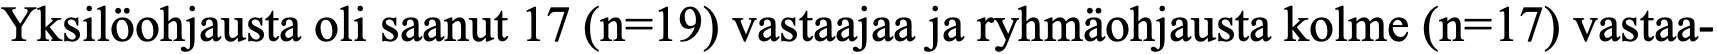
Yksilöohjausta oli saanut 17 (n=19) vastaajaa ja ryhmäohjausta kolme (n=17) vastaa-